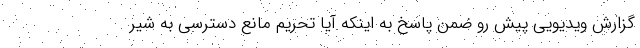
گزارش ویدیویی پیش رو ضمن پاسخ به اینکه آیا تحریم مانع دسترسی به شیر